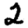
Digit: 2